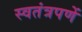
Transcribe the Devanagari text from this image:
स्वतंत्रपणें